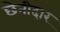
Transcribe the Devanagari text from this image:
छेनीदार